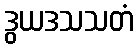
ဒွယဒသသတံ